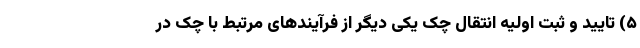
۵) تایید و ثبت اولیه انتقال چک یکی دیگر از فرآیندهای مرتبط با چک در